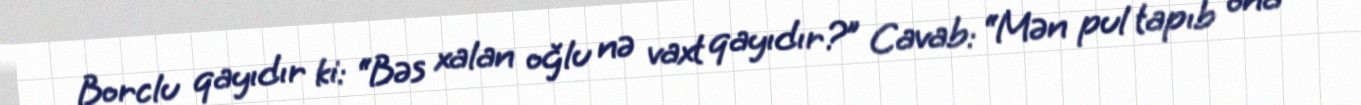
Borclu qayıdır ki: “Bəs xalan oğlu nə vaxt qayıdır?” Cavab: “Mən pul tapıb ona